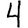
Digit: 4